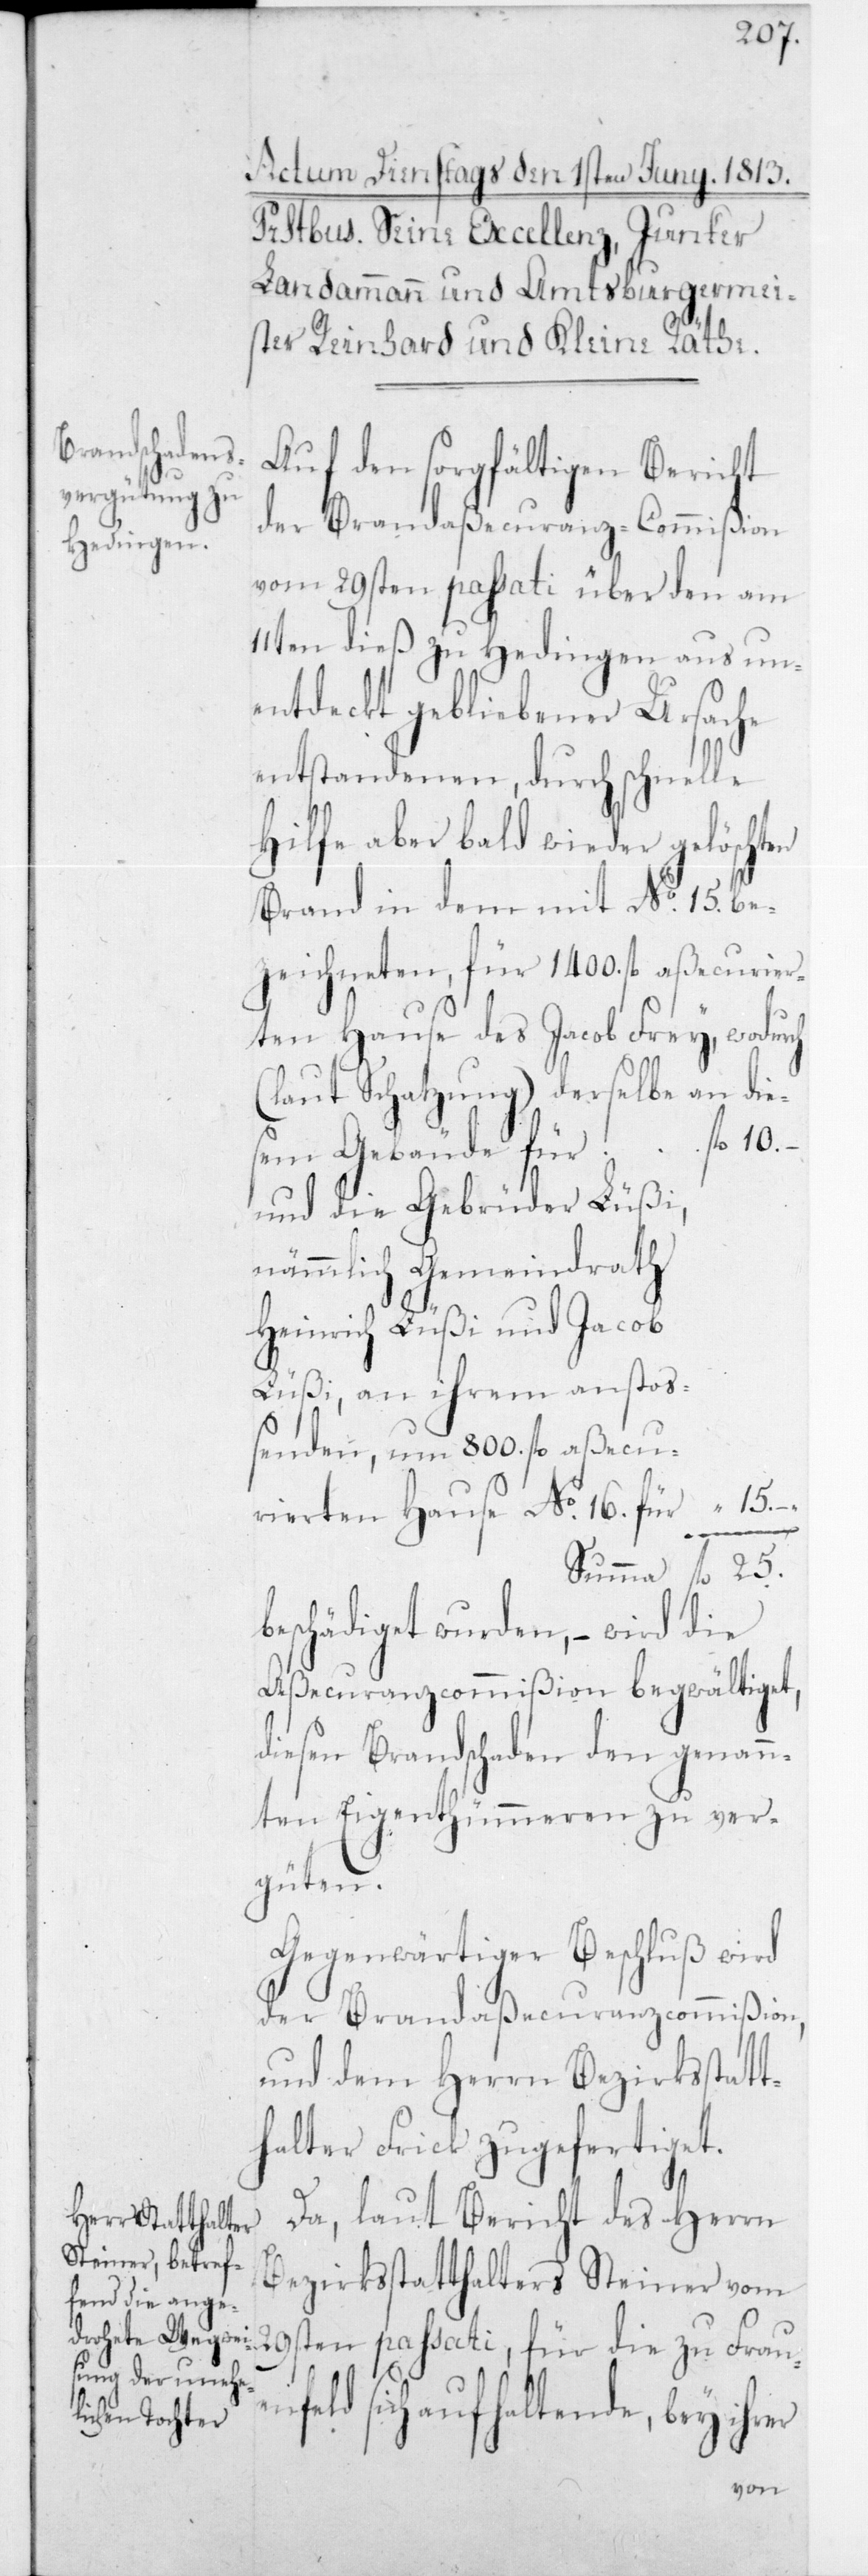
10.
Auf den sorgfältigen Bericht
der Brandaßecuranz-Commißion
vom 29sten passati über den am
11ten dieß zu Hedingen aus un¬
entdeckt gebliebener Ursache
entstandenen, durch schnelle
Hilfe aber bald wieder gelöschten
Brand in dem mit No 15 be¬
zeichneten, für 1400 fl. aßecurier¬
ten Hause des Jacob Frey,
(laut Schatzung) derselbe an die¬
und die Gebrüder Lüßi,
nämmlich Gemeindrath
Heinrich Lüßi und Jacob
Lüßi, an ihrem anstos¬
senden, um 800 fl. aßecu¬
rierten Hause No 16 für
er
eschädiget wurden, – wird die
Aßecuranzcommißion begwältiget,
diesen Brandschaden den genann¬
ten Eigenthümmeren zu ver¬
güten
Gegenwärtiger Beschluß wird
der Brandaßecuranzcommißion,
und dem Herrn Bezirksstatt¬
halter Frick zugefertiget.
Da, laut Bericht des Herrn
Bezirksstatthalters Steiner vom
feld sich aufhaltende, bey ihr¬